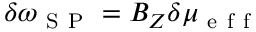
\delta \omega _ { \mathrm { ~ S ~ P ~ } } = B _ { Z } \delta \mu _ { \mathrm { ~ e ~ f ~ f ~ } }